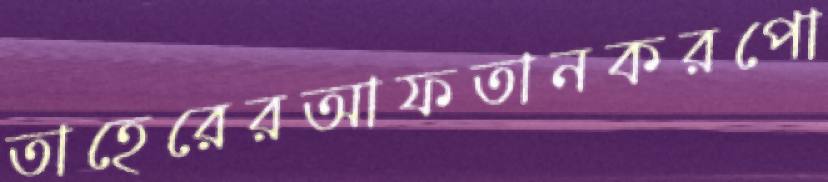
তাহেরেরআফতানকরপো